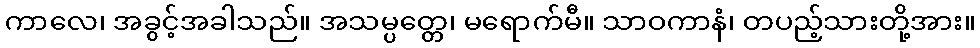
ကာလေ၊ အခွင့်အခါသည်။ အသမ္ပတ္တေ၊ မရောက်မီ။ သာဝကာနံ၊ တပည့်သားတို့အား။